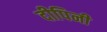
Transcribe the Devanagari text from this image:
दीपिनी